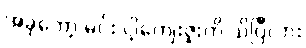
အခုတော့ မင်း ငါ့ကျေးဇူးကို သိပြီလား